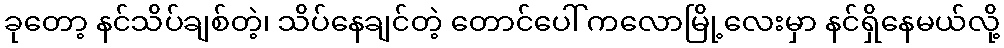
ခုတော့ နင်သိပ်ချစ်တဲ့၊ သိပ်နေချင်တဲ့ တောင်ပေါ် ကလောမြို့လေးမှာ နင်ရှိနေမယ်လို့